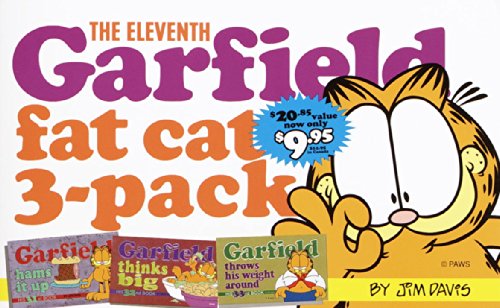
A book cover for The Eleventh Garfield Fat Cat 3-Pack: Contains: Garfield Strip Numbers 31, 32, and 33 (No.11); Jim Davis; Children's Books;